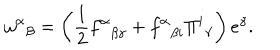
{ \omega ^ { \alpha } } _ { \beta } = \left( { \frac { 1 } { 2 } } { f ^ { \alpha } } _ { \beta \gamma } + { f ^ { \alpha } } _ { \beta i } { \Pi ^ { i } } _ { \gamma } \right) e ^ { \gamma } .